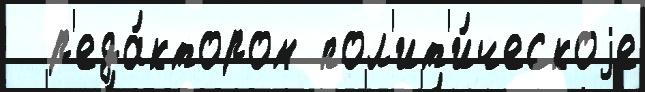
  р'еда́ктором пол'ит'и́ческоjе